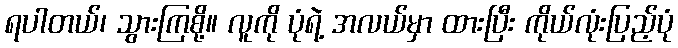
ရပါတယ်၊ သွားကြစို့။ လူကို ပုံရဲ့ အလယ်မှာ ထားပြီး ကိုယ်လုံးပြည့်ပုံ